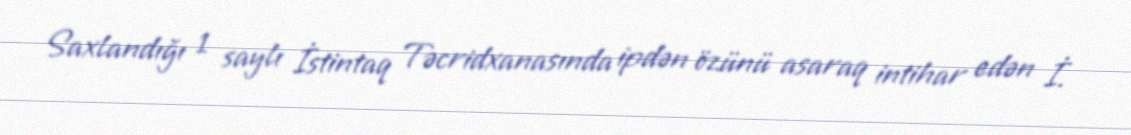
Saxlandığı 1 saylı İstintaq Təcridxanasında ipdən özünü asaraq intihar edən İ.